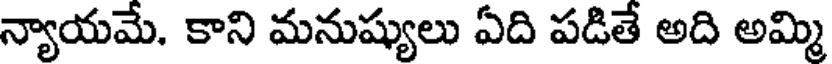
న్యాయమే. కాని మనుష్యులు ఏది పడితే అది అమ్మి